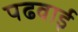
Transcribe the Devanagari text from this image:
पढवाई